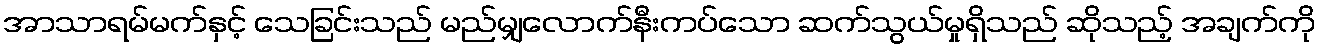
အာသာရမ်မက်နှင့် သေခြင်းသည် မည်မျှလောက်နီးကပ်သော ဆက်သွယ်မှုရှိသည် ဆိုသည့် အချက်ကို